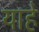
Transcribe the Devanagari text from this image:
याहे